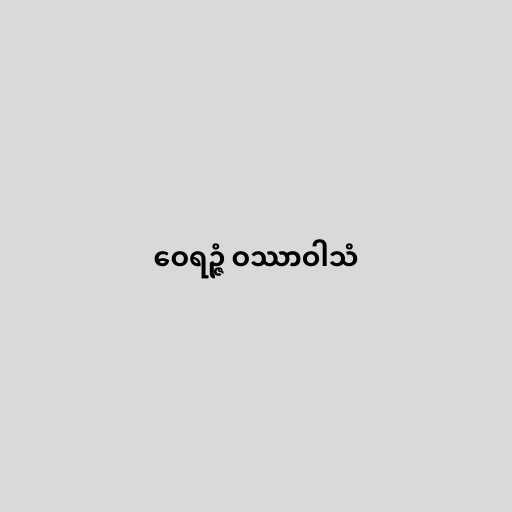
ဝေရဉ္ဇံ ဝဿာဝါသံ